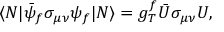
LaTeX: \langle N | \bar { \psi } _ { f } \sigma _ { \mu \nu } \psi _ { f } | N \rangle = g _ { T } ^ { f } \bar { U } \sigma _ { \mu \nu } U ,